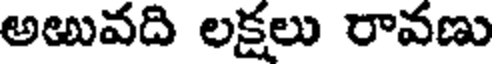
అఱువది లక్షలు రావణు